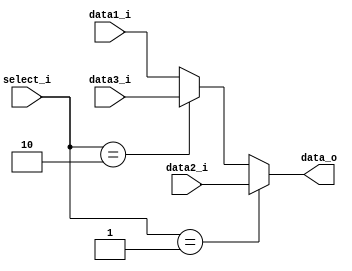
module MUX32_3
(
    data_o,
    data1_i,
    data2_i,
    data3_i,
    select_i
);

input   [31:0]   data1_i, data2_i, data3_i;
input   [ 1:0]   select_i;
output  [31:0]   data_o;

reg     [31:0]   data_o;

always@(select_i or data1_i or data2_i or data3_i) begin
    if(select_i == 2'b01) data_o = data2_i;
    else if(select_i == 2'b10) data_o = data3_i;
    else data_o = data1_i;
end

endmodule